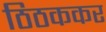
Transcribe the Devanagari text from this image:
ठिठककर